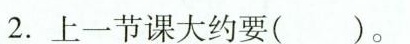
2.上一节课大约要( )。